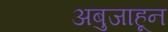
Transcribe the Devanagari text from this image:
अबुजाहून